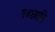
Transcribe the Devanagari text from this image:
गच्छामि